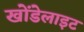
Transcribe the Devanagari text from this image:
खोंडेलाइट